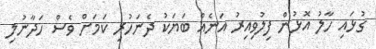
ގުޅައި ހާލު އޮޅުން ފިލުވިއިރު އަނެއް ބަޔަކު ދެނަހުރި ކަމަށް ވެސް ހަދާނުލި